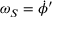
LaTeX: \omega _ { S } = { \dot { \phi } } ^ { \prime }